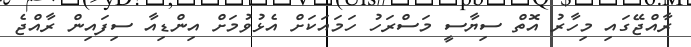
ރާއްޖޭގައި މިހާރު އޮތް ސިޔާސީ މަސްރަހު ހަމައަކަށް އެޅުވުމަށް އިންޑިއާ ސިފައިން ރާއްޖެ